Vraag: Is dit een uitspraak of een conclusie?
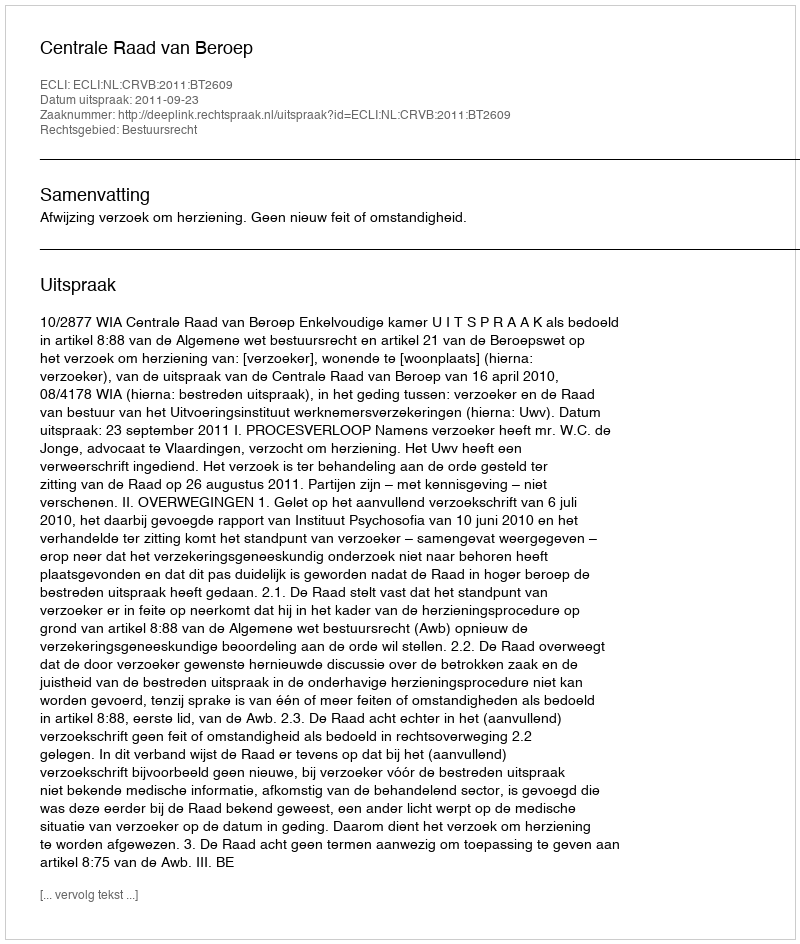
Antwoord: Uitspraak